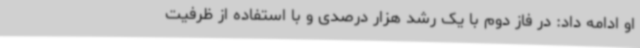
او ادامه داد: در فاز دوم با یک رشد هزار درصدی و با استفاده از ظرفیت